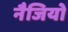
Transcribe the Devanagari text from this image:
नैजियो